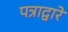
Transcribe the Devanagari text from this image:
पत्राद्वारे